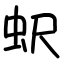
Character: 蚇